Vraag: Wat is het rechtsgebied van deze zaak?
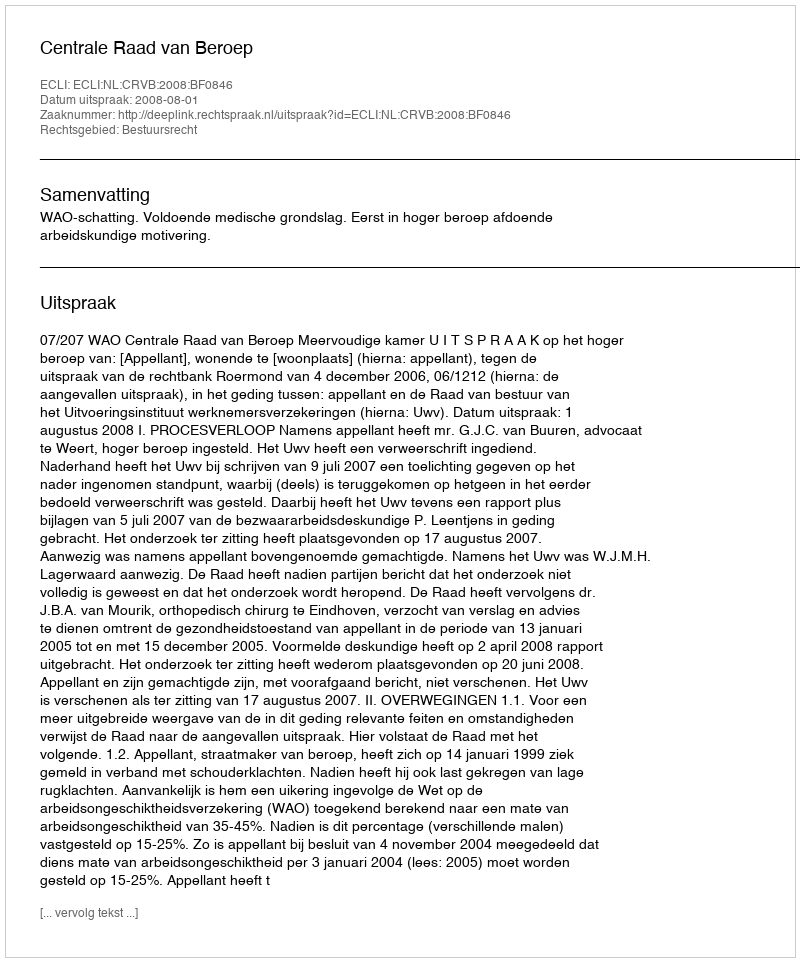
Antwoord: Bestuursrecht